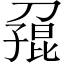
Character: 𪟓